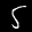
Label: 5